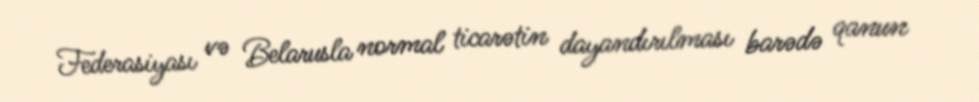
Federasiyası və Belarusla normal ticarətin dayandırılması barədə qanun